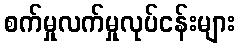
စက်မှုလက်မှုလုပ်ငန်းများ